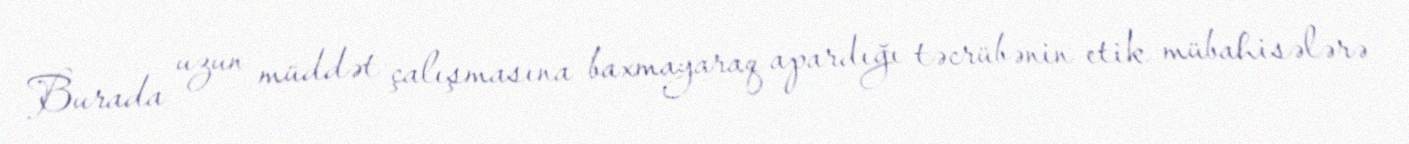
Burada uzun müddət çalışmasına baxmayaraq apardığı təcrübənin etik mübahisələrə